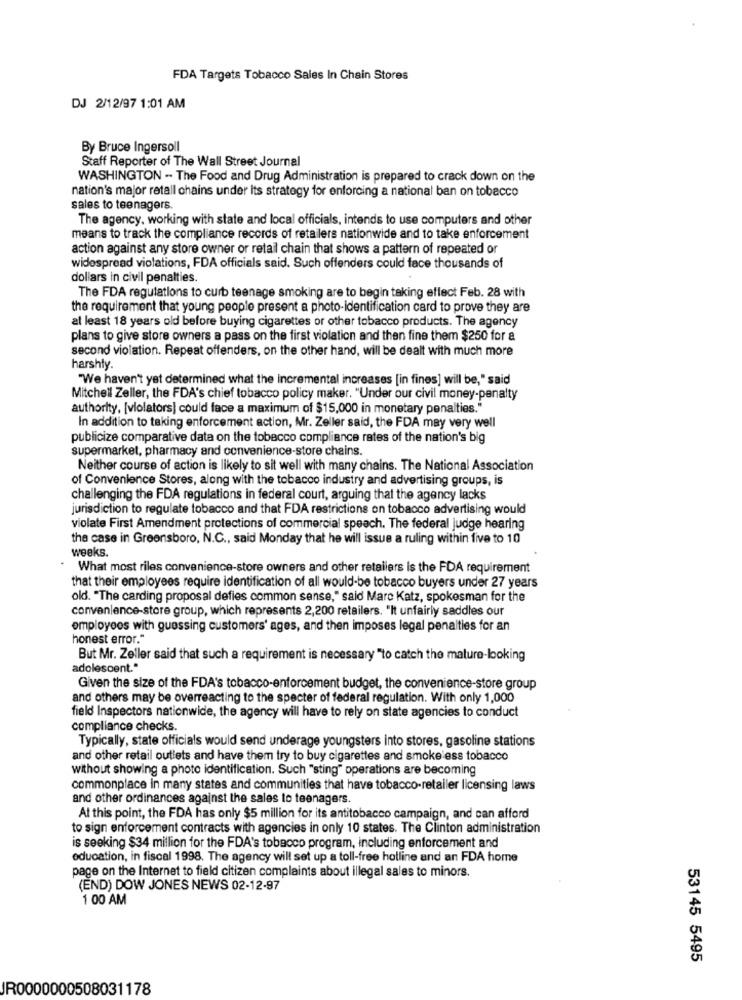
FDA Targets Tobacco Sales In Chain Stores
DJ 2/12/97 1:01 AM
By Bruce Ingersoll
Staff Reporter of The Wall Street Journal
WASHINGTON - The Food and Drug Administration is prepared to crack down on the
nation's major retall chains under Its strategy for enforcing a national ban on tobacco
sales to teenagers.
The agency, working with state and local officials, intends to use computers and other
means to track the compliance records of retailers nationwide and to take enforcement
action against any store owner or retail chain that shows a pattern of repeated or
widespread violations, FDA officials said. Such offenders could face thousands of
dollars in civil penalties.
The FDA regulations to curb teenage smoking are to begin taking effect Feb. 28 with
the requirement that young people present a photo-identification card to prove they are
at least 18 years old before buying cigarettes or other tobacco products. The agency
plans to give store owners a pass on the first violation and then fine them $250 for a
second violation. Repeat offenders, on the other hand, will be dealt with much more
harshly.
"We haven't yet determined what the incremental increases [in fines] will be," said
Mitchell Zeller, the FDA's chief tobacco policy maker. "Under our civil money-penalty
authority, [violators] could face a maximum of $15,000 in monetary penalties."
In addition to taking enforcement action, Mr. Zeller said, the FDA may very well
publicize comparative data on the tobacco compliance rates of the nation's big
supermarket, pharmacy and convenience-store chains.
Neither course of action is likely to sit well with many chains. The National Association
of Convenience Stores, along with the tobacco industry and advertising groups, is
challenging the FDA regulations in federal court, arguing that the agency lacks
jurisdiction to regulate tobacco and that FDA restrictions on tobacco advertising would
violate First Amendment protections of commercial speech. The federal judge hearing
the case in Greensboro, N.C ., said Monday that he will issue a ruling within five to 10
weeks.
What most riles convenience-store owners and other retailers is the FDA requirement
that their employees require identification of all would-be tobacco buyers under 27 years
old. "The carding proposal defies common sense," said Marc Katz, spokesman for the
convenience-store group, which represents 2,200 retailers. "It unfairly saddles our
employees with guessing customers' ages, and then imposes legal penalties for an
honest error."
But Mr. Zeller said that such a requirement is necessary "to catch the mature-looking
adolescent."
Given the size of the FDA's tobacco-enforcement budget, the convenience-store group
and others may be overreacting to the specter of federal regulation. With only 1,000
field Inspectors nationwide, the agency will have to rely on state agencies to conduct
compliance checks.
Typically, state officials would send underage youngsters into stores, gasoline stations
and other retail outlets and have them try to buy cigarettes and smokeless tobacco
without showing a photo identification. Such "sting" operations are becoming
commonplace in many states and communities that have tobacco-retailer licensing laws
and other ordinances against the sales to teenagers.
At this point, the FDA has only $5 million for its antitobacco campaign, and can afford
to sign enforcement contracts with agencies in only 10 states. The Clinton administration
is seeking $34 million for the FDA's tobacco program, including enforcement and
education, in fiscal 1998. The agency will set up a toll-free holline and an FDA home
page on the Internet to field citizen complaints about illegal sales to minors.
(END) DOW JONES NEWS 02-12-97
1 00 AM
53145 5495
JR0000000508031178